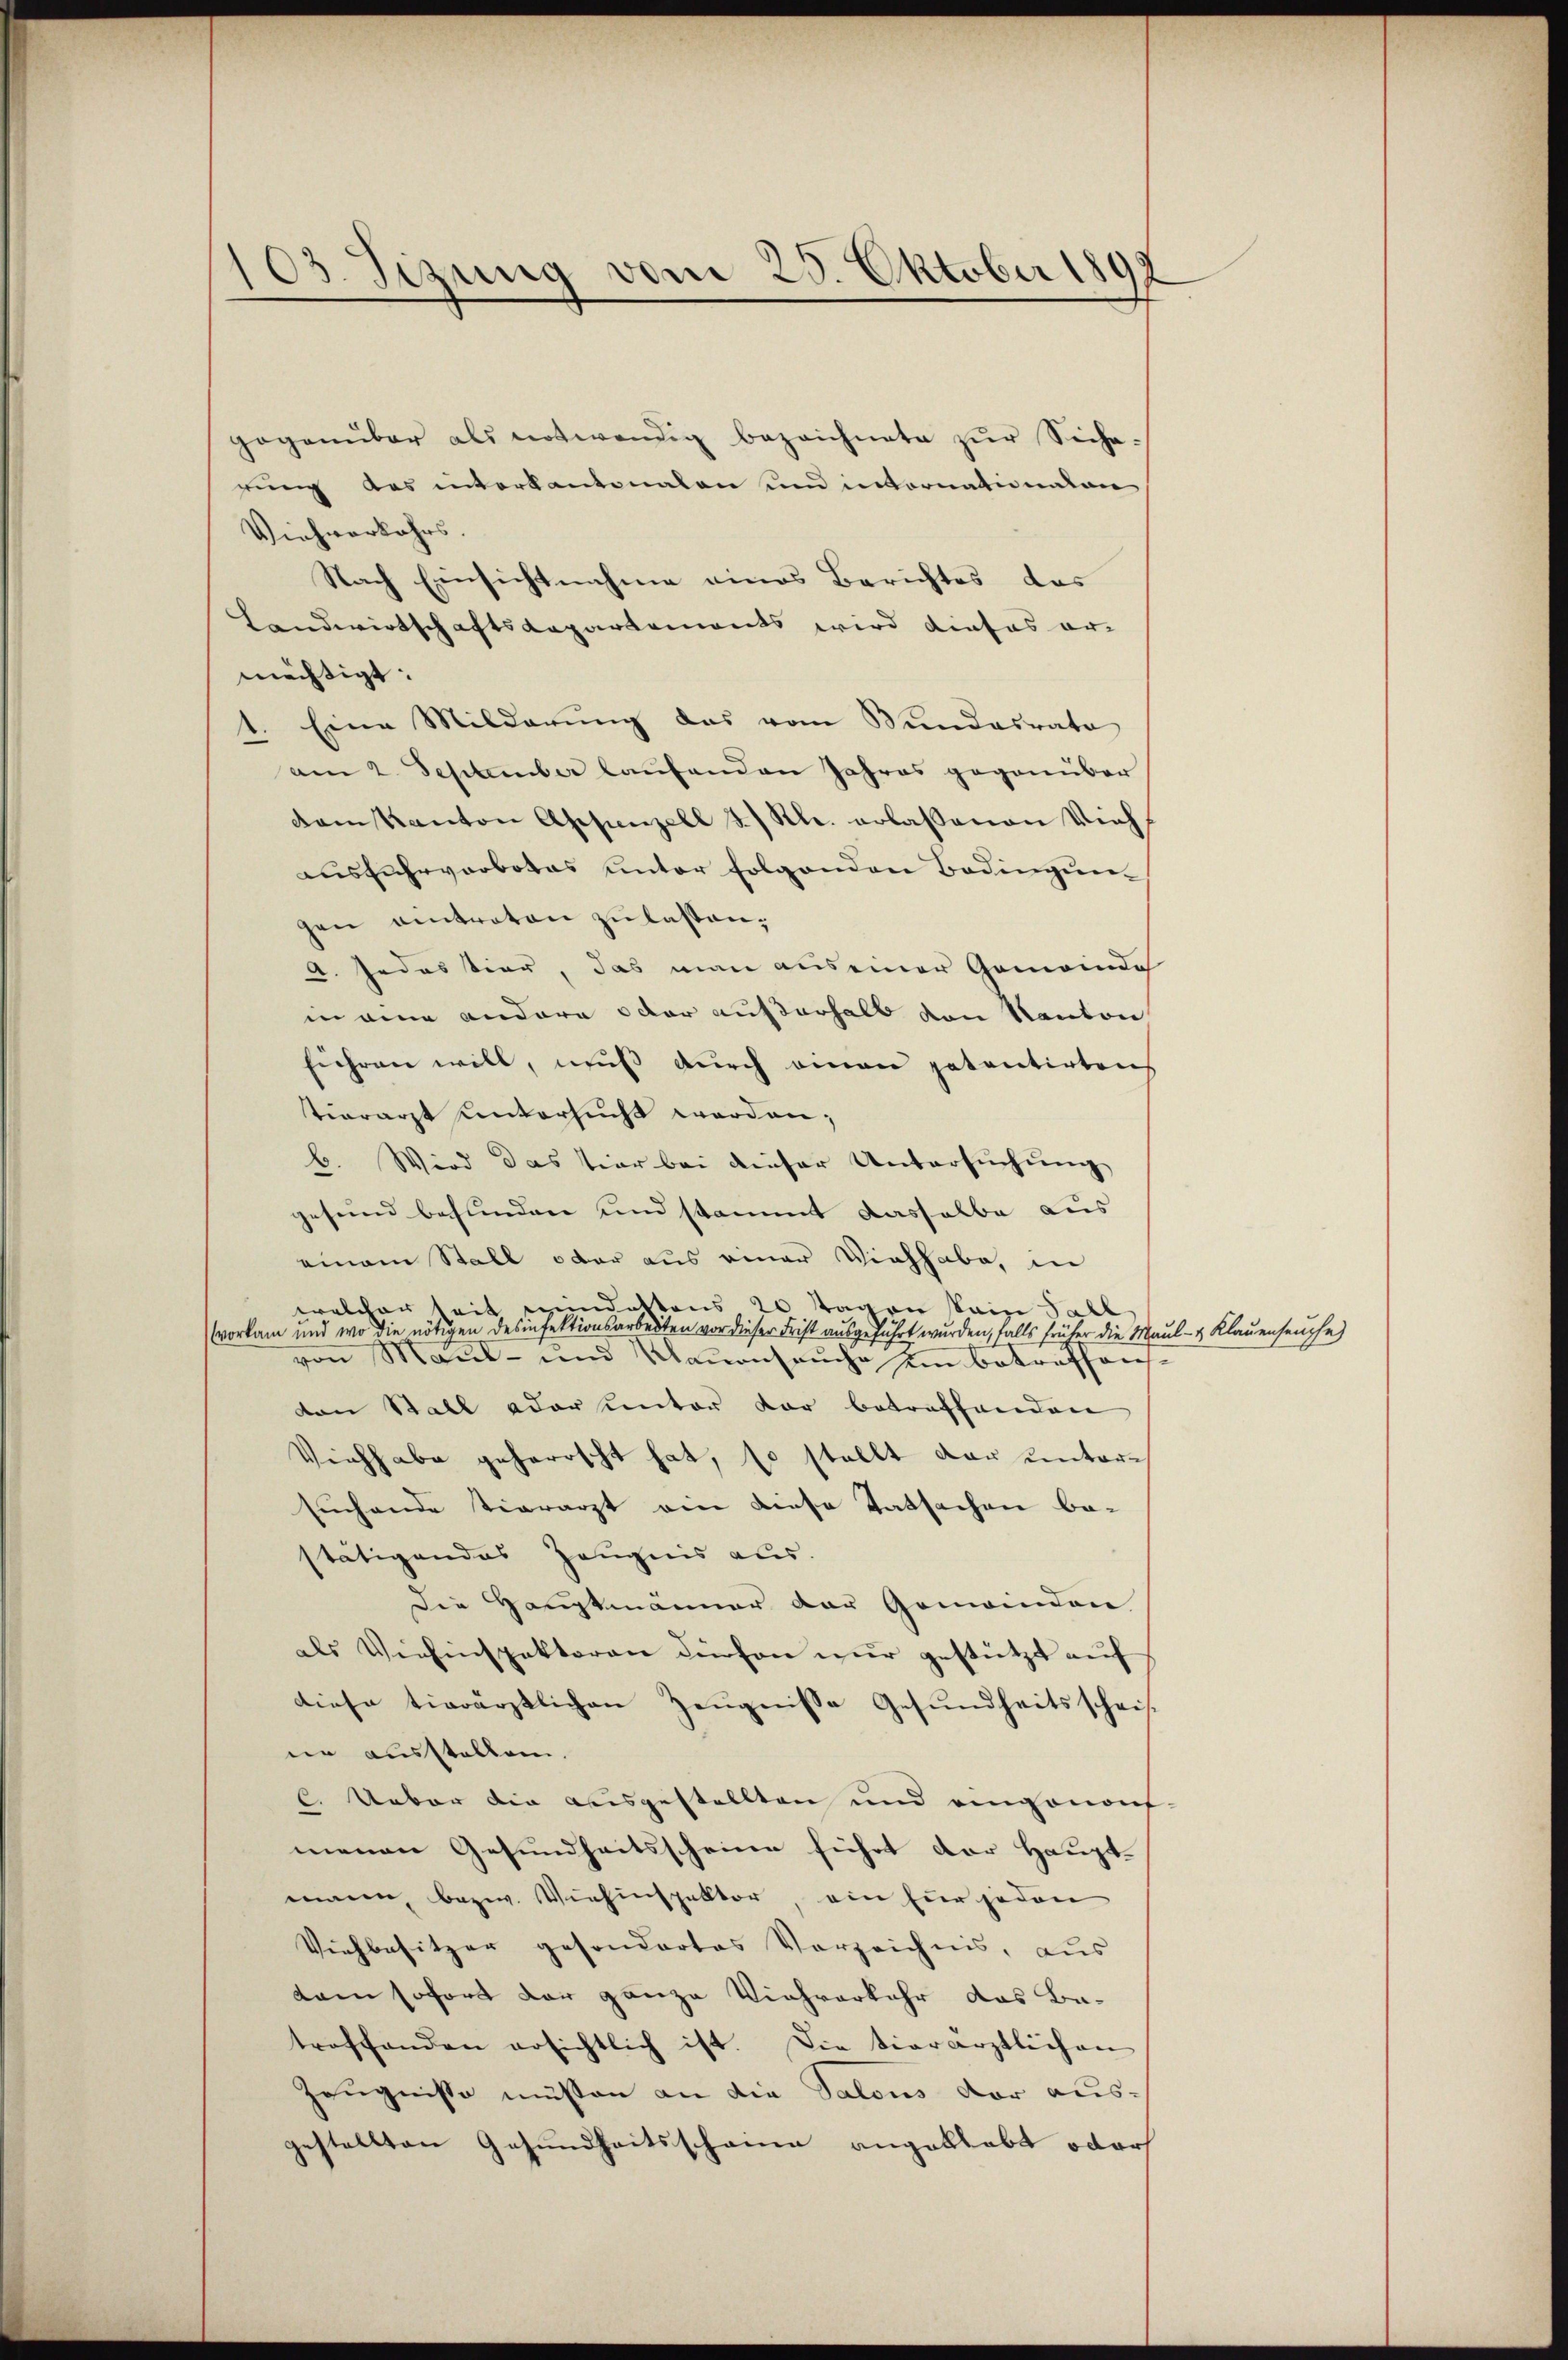
03. Sizung vom 25. Oktober 18

gegenüber als notwendig bezeichnete zŭr Sicherung des interkantonalen und internationalen
Viehverkehrs.
Nach Einsichtnahme eines Berichtes das
Landwirtschaftsdepartements wird dieses er-
mächtigt:
Eine Milderŭng das vom Bundesrato
2. September laŭfenden Jahres gegenüber
dam Kanton Appenzell I. Kl. erlaßenen Vieh
ausfuhrverbotes unter folgenden Bedingungen entreten zu lassen,
A. Jedestier, das man aus einer Gemeinde
in eine andere oder ausserhalb von Kanton
führen will, muss durch einen patentirtens
tierarzt untersucht werden;
b. Wird das tier bei dieser Untersuchung
gesund befunden und stammt dasselbe aus
einem Stall oder aus einer Viehhabe, in
welcher seit mindettens 20 Tagen steige Tall
vorkam und wo die nötigen desinfektionsarbeiten vor dieser Frist ausgeführt wurden, falls früher die Maul- & Klauenseuche)
von Maul- und Klauenseuche im betreffendon Stall oder unter dar betreffenden
Viehhabe geherrscht hat, so stellt dar untersuchende tierarzt ein diese Tatsachen be-
stätigendes Zeugnis aus.
Die Hauptmänner der Gemeinden
als Viehinspektoren dürfen nur gestützt auf
diese tierärztlichen Zeugnisse Gesundheitsschrif
nie ausstellen.
C. Ueber die ausgestellten und einganons
menen Gesundheitsscheine führt der Haupt-
mann, bezw. Viehinspektor, ein für jeden
Viehbesitzer gesondertes Vorzeichnis, aus
kam sofort der ganze Viehverkehr das Batroffenden ersichtlich ist. Die tierärztlichen
Zeugnisse müssen an die Salons der aus-
gestellten Gesundheitsscheine angeklebt oder